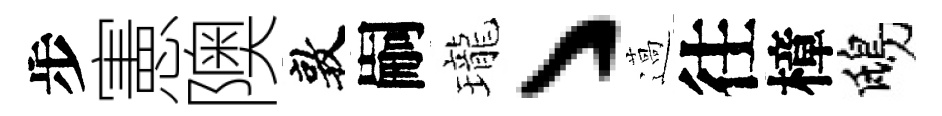
步憲隩敦嗣瓏丶薖往樟鴟